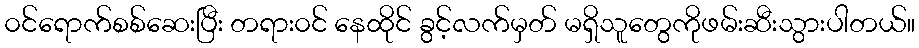
၀င်ရောက်စစ်ဆေးပြီး တရား၀င် နေထိုင် ခွင့်လက်မှတ် မရှိသူတွေကိုဖမ်းဆီးသွားပါတယ်။